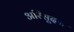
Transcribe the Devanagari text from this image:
अरिसूदन